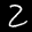
Digit: 2